Annual report of the Punjab Veterinary College and of the Civil Veterinary Department, Punjab - 1920-1925
Year: 1920
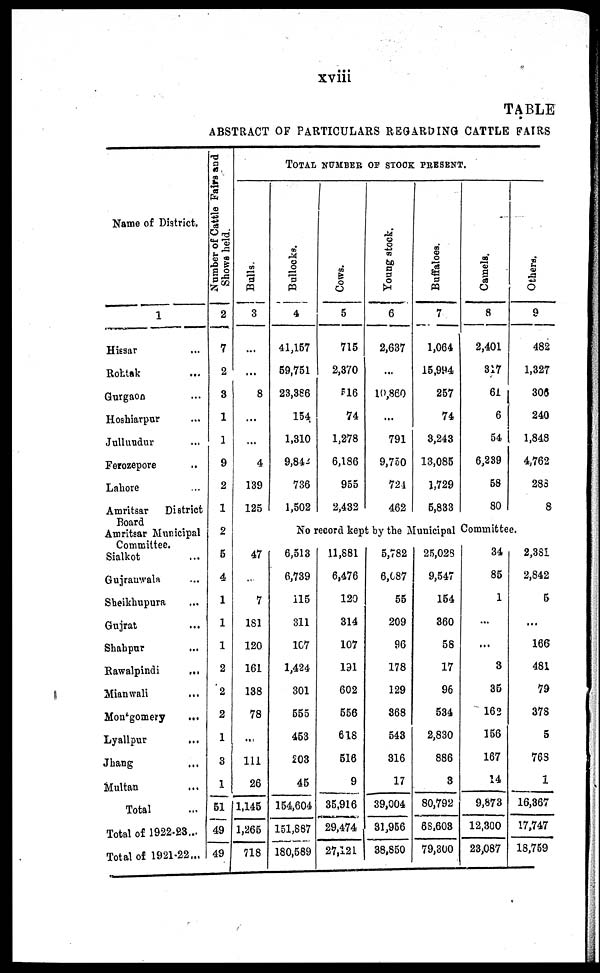
xviii
TABLE
ABSTRACT OF PARTICULARS REGARDING CATTLE FAIRS
Name of District.
1
Hissar ...
Rohtak ...
Gurgaon ...
Hoshiarpur ...
Jullundur ...
Ferozepore ...
Lahore ...
Amritsar
District
Board
Amritsar Municipal
Committee.
Sialkot ...
Gujranwala ...
Sheikhupura ...
Gujrat ...
Shahpur ...
Rawalpindi
...
Mianwali ...
Montgomery ...
Lyallpur
...
Jhang ...
Multan ...
Total ...
Total of 1922-23 ...
Total of 1921-22 ...
Number of Cattle Fairs and
Shows held.
2
7
2
3
1
1
9
2
1
2
5
4
1
1
1
2
2
2
1
3
1
51
49
49
Bulls.
3
...
...
8
...
...
4
139
125
47
...
7
181
120
161
138
78
...
111
26
1,145
1,265
718
TOTAL NUMBER OF STOCK PRESENT.
Bullocks.
4
41,157
59,751
23,366
154
1,310
9,842
736
1,502
Cows.
5
715
2,370
516
74
1,278
6,186
955
2,432
Young stock.
6
2,637
...
10,860
...
791
9,750
724
462
Buffaloes.
7
1,064
15,994
257
74
3,243
13,085
1,729
5,833
Camels.
8
2,401
317
61
6
54
6,289
58
80
Others.
9
482
1,327
306
240
1,848
4,762
285
8
No record kept by the Municipal Committee.
6,513
6,739
115
311
107
1,424
301
555
453
203
45
154,604
151,887
180,589
11,881
6,476
120
314
107
191
602
556
618
516
9
35,916
29,474
27,121
5,782
6,087
55
209
96
178
129
368
543
316
17
39,004
31,956
38,850
25,028
9,547
154
360
58
17
96
534
2,830
886
8
80,792
68,603
79,300
34
85
1
...
...
3
35
162
156
167
14
9,873
12,300
23,087
2,381
2,842
5
...
166
481
79
378
5
768
1
16,367
17,747
18,759